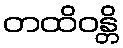
တထိဝန္တိ